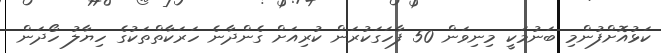
ކަޅުއޮށްފުންމި ބަނުމަކީ މިނިވަން 50 ފާހަގަކުރަން ކުރިއަށް ގެންދާނެ ހަރަކާތްތަކުގެ ހިޔާލު ހޯދަން